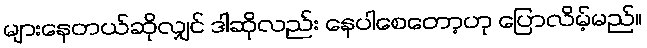
များနေတယ်ဆိုလျှင် ဒါဆိုလည်း နေပါစေတော့ဟု ပြောလိမ့်မည်။